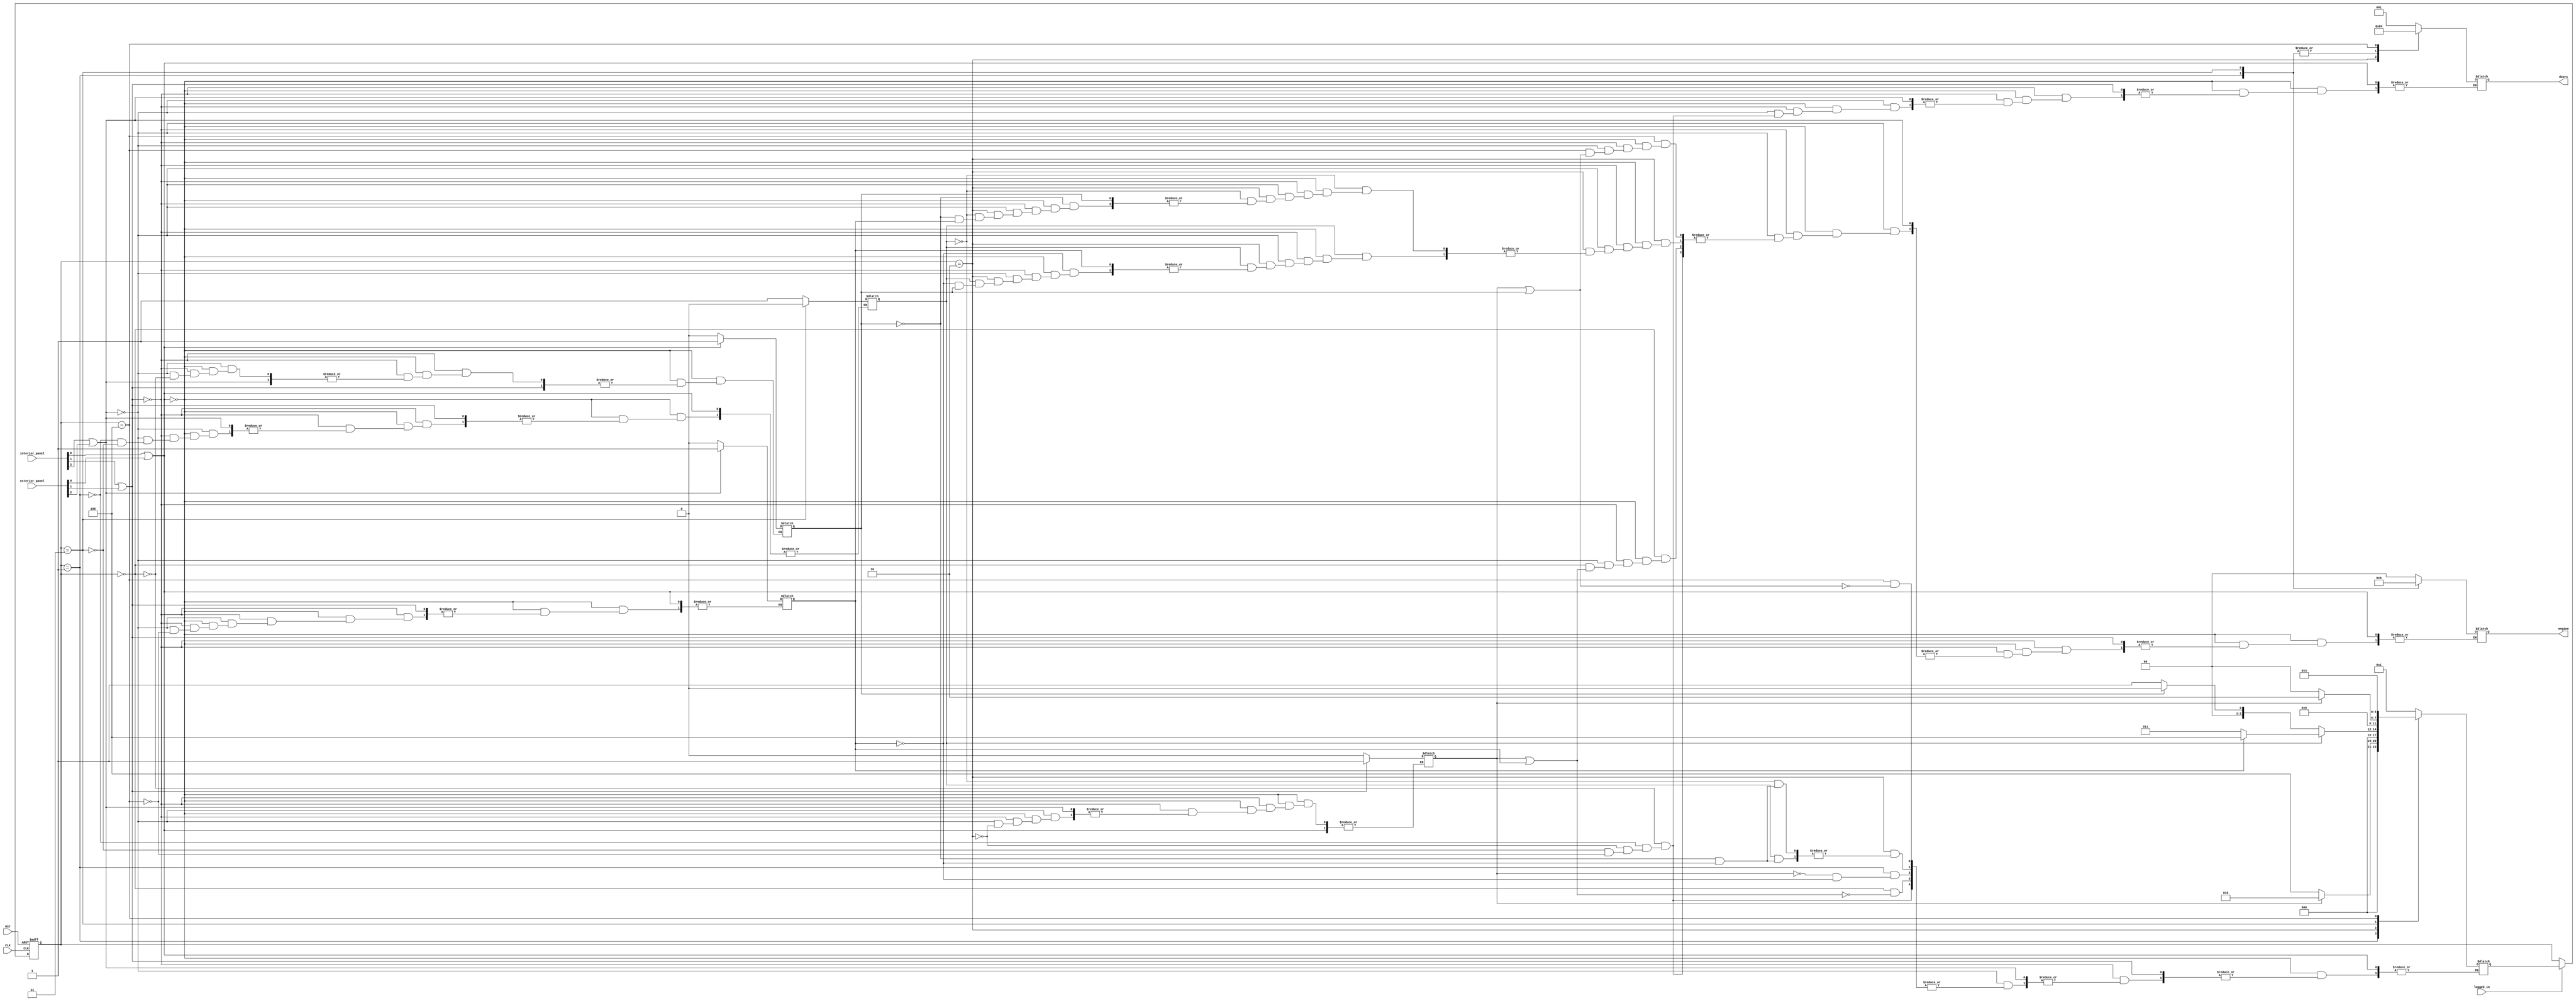
`timescale 1ns / 1ps
//////////////////////////////////////////////////////////////////////////////////
// Company: AUT-CEIT
// Module Name:    movement 
// Project Name: Elevator
//////////////////////////////////////////////////////////////////////////////////

module movement(engine, doors, CLK, RST, interior_panel, exterior_panel, logged_in);
	
	input CLK, RST;	// CLK and RST are rising edge
	
//	freq_divider fd(.in_freq(FRQ), .out_freq(CLK), .reset(RST));

	input logged_in;
	
	input [2:0] interior_panel; // MSB is for 3rd floor and LSB is for 1st floor
	input [2:0] exterior_panel; // MSB is for 3rd floor and LSB is for 1st floor
	
	reg [2:0] requests = 0; // MSB is for 3rd floor and LSB is for 1st floor
	
	reg [5:0] present_state = 0, next_state = 0;
	
	reg direction = 1; // 1 for up and 0 for down
		
	output reg [1:0] engine = 2'b00; // 00 when engine is OFF
									 // 10 when elevator is going up
									 // 11 when elevator is going down
									 
	output reg [2:0] doors; // MSB is for 3rd floor and LSB is for 1st floor
									// 0 is for close and 1 is for open
		
	parameter [5:0] S0 = 6'b000000, // when we are in the 1st floor and the door is open
						 S1 = 6'b000001, // when we are moving up beside the 2nd floor and the door is close
						 S2 = 6'b000010, // when we are in the 2nd floor and the door is open
						 S3 = 6'b000011, // when we are moving down beside the 2nd floor and the door is close
						 S4 = 6'b000100; // when we are in the 3rd floor and the door is open
						  
		
	always @ (posedge CLK or posedge RST)
		if (RST)
			present_state <= S0;
		else
		begin
			if (logged_in)
				present_state <= next_state;
		end
			
	always @ (present_state or RST or interior_panel or exterior_panel or direction or engine or doors or next_state or requests)
	begin
				
		//input floor panels
		if (interior_panel[0] || exterior_panel[0])
			requests[0] = 1;
		else if (interior_panel[1] || exterior_panel[1])
			requests[1] = 1;
		else if (interior_panel[2] || exterior_panel[2])
			requests[2] = 1;
						
		else
		begin
			case (present_state)
			
				S0:
				begin 
					doors = 3'b001;
					requests[0] = 0;	
					if (requests[1] == 1 || requests[2] == 1)
						next_state <= S1;
					else
						engine = 2'b00;
				end
				
				S1: 
				begin
					doors = 3'b000;
					direction = 1;
					engine = 2'b10;
					if (requests[1] == 1)
						next_state <= S2;			
					else if (requests[2] == 1)
						next_state <= S4;
				end
				
				S2:
				begin 
					doors = 3'b010;
					requests[1] = 0;
					if (direction == 1)
						if (requests[2] == 1)
							next_state <= S4;
						else if (requests[0] == 1)
							next_state <= S3;
						else
							engine = 2'b00;	
							
					else
						if (requests[0] == 1)
							next_state <= S0;
						else if (requests[2] == 1)
							next_state <= S1;
						else
							engine = 2'b00;	
				end
					
				S3:
				begin
					doors = 3'b000;
					direction = 0;
					engine = 2'b11;
					if (requests[1] == 1)
						next_state <= S2;			
					else
						next_state <= S0;
				end
				
				S4:
				begin
					doors = 3'b100;
					requests[2] = 0;
					if (requests[1] == 1 || requests[0] == 1)
						next_state <= S3;
					else
						engine = 2'b00;
				end	
			endcase
		end
	end

endmodule